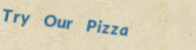
Try Our Pizza